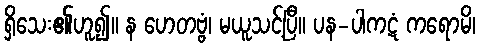
ရှိသေး၏ဟူ၍။ န ဟေတဗ္ဗံ၊ မယူသင့်ပြီ။ ပန-ပါကဋံ ကရောမိ၊